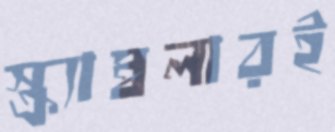
স্ক্র্যাম্বলারই